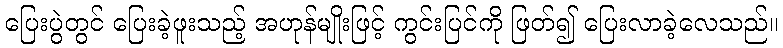
ပြေးပွဲတွင် ပြေးခဲ့ဖူးသည့် အဟုန်မျိုးဖြင့် ကွင်းပြင်ကို ဖြတ်၍ ပြေးလာခဲ့လေသည်။